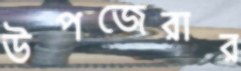
উপজেরার